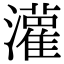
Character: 𫞞